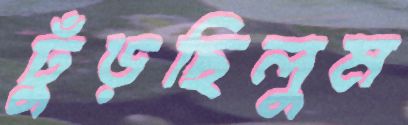
ঢুঁড়ছিলুম